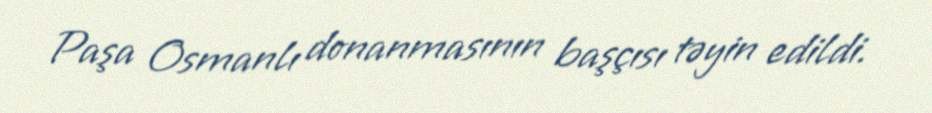
Paşa Osmanlı donanmasının başçısı təyin edildi.